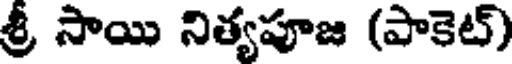
శ్రీ సాయి నిత్యపూజ (పాకెట్)